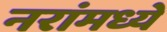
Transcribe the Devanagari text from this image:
नरांमध्ये